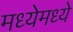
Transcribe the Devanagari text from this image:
मध्येमध्ये